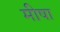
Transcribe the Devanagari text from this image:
मीषा